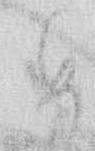
め